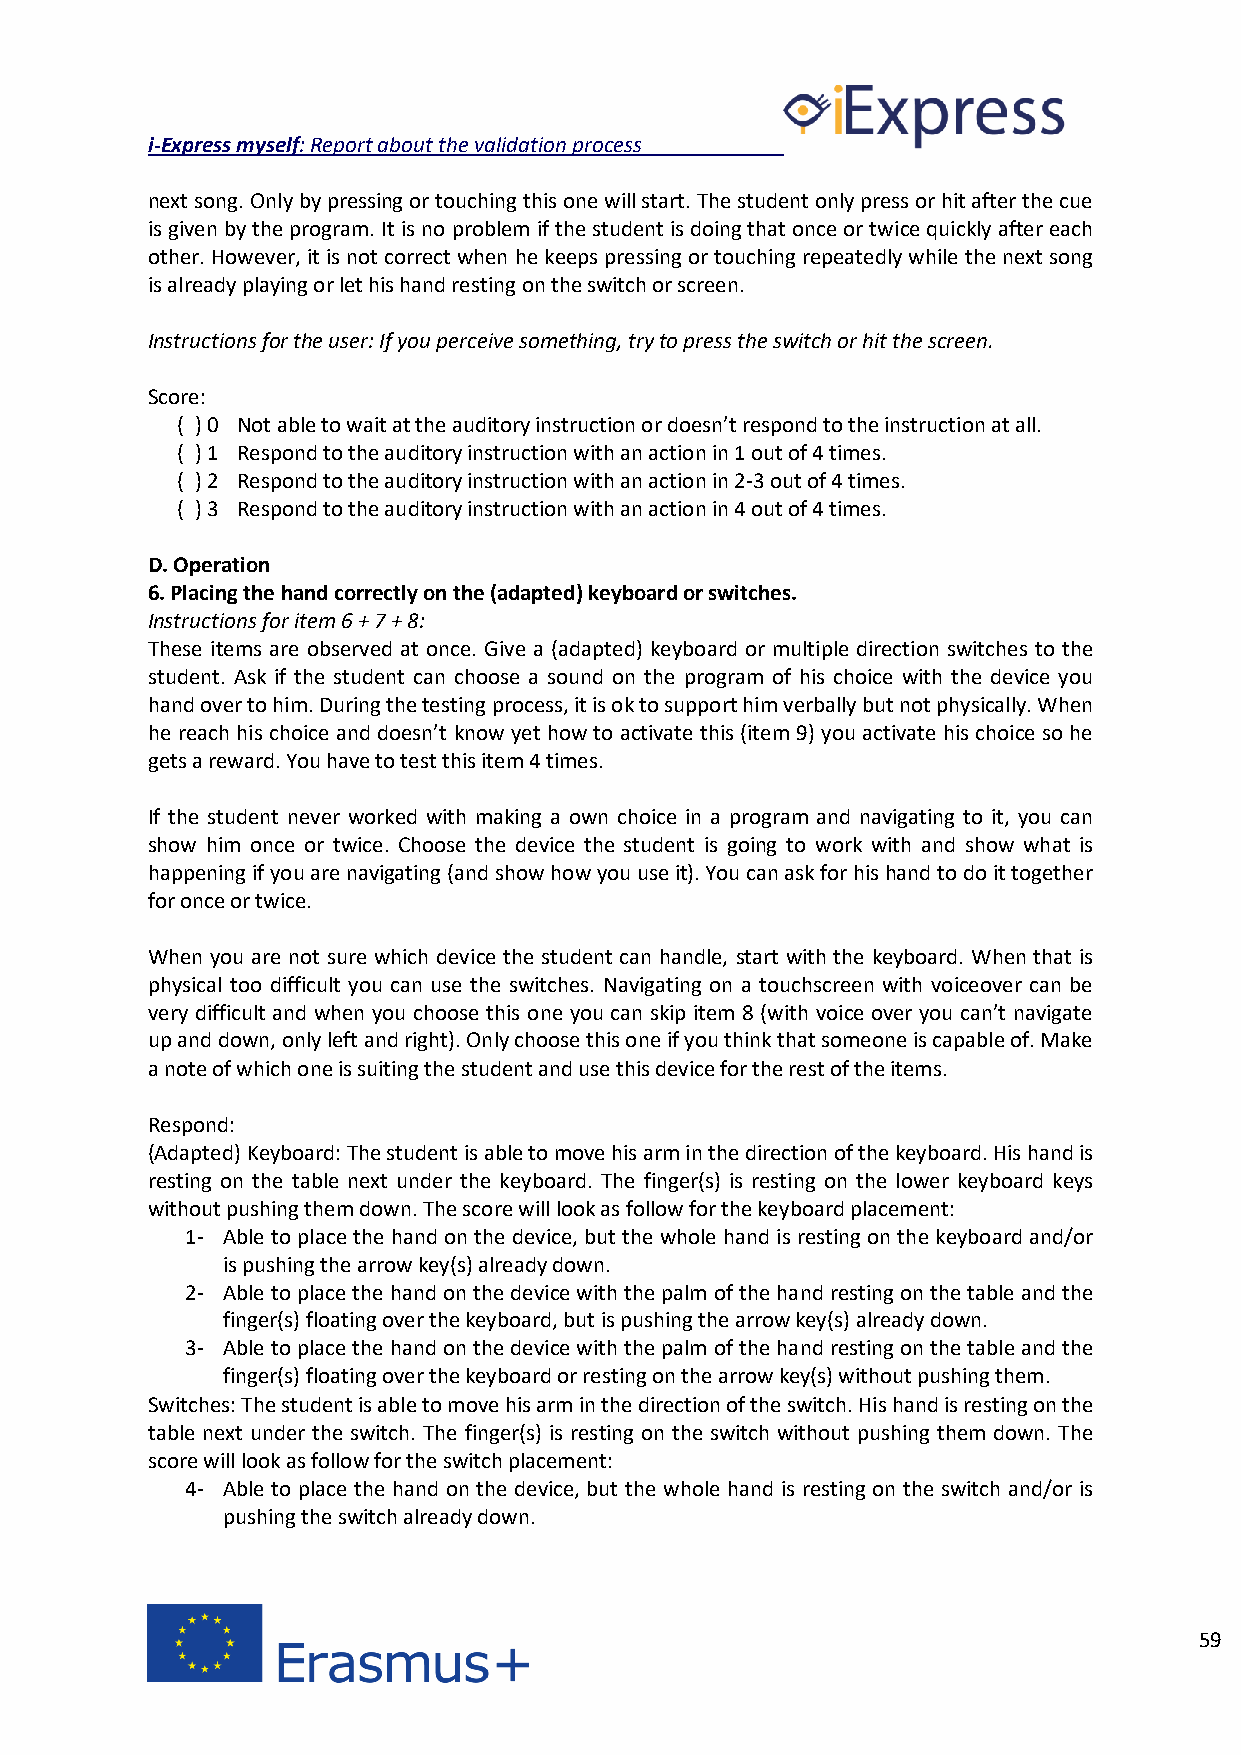
i-Express myself: Report about the validation process
 next song. Only by pressing or touching this one will start. The student only press or hit after the cue
 is given by the program. It is no problem if the student is doing that once or twice quickly after each
 other. However, it is not correct when he keeps pressing or touching repeatedly while the next song
 is already playing or let his hand resting on the switch or screen.
 Instructions for the user: If you perceive something, try to press the switch or hit the screen.
 Score:
 ( ) 0 Not able to wait at the auditory instruction or doesn’t respond to the instruction at all.
 ( ) 1 Respond to the auditory instruction with an action in 1 out of 4 times.
 ( ) 2 Respond to the auditory instruction with an action in 2-3 out of 4 times.
 ( ) 3 Respond to the auditory instruction with an action in 4 out of 4 times.
 D. Operation
 6. Placing the hand correctly on the (adapted) keyboard or switches.
 Instructions for item 6 + 7 + 8:
 These items are observed at once. Give a (adapted) keyboard or multiple direction switches to the
 student. Ask if the student can choose a sound on the program of his choice with the device you
 hand over to him. During the testing process, it is ok to support him verbally but not physically. When
 he reach his choice and doesn’t know yet how to activate this (item 9) you activate his choice so he
 gets a reward. You have to test this item 4 times.
 If the student never worked with making a own choice in a program and navigating to it, you can
 show him once or twice. Choose the device the student is going to work with and show what is
 happening if you are navigating (and show how you use it). You can ask for his hand to do it together
 for once or twice.
 When you are not sure which device the student can handle, start with the keyboard. When that is
 physical too difficult you can use the switches. Navigating on a touchscreen with voiceover can be
 very difficult and when you choose this one you can skip item 8 (with voice over you can’t navigate
 up and down, only left and right). Only choose this one if you think that someone is capable of. Make
 a note of which one is suiting the student and use this device for the rest of the items.
 Respond:
 (Adapted) Keyboard: The student is able to move his arm in the direction of the keyboard. His hand is
 resting on the table next under the keyboard. The finger(s) is resting on the lower keyboard keys
 without pushing them down. The score will look as follow for the keyboard placement:
 1- Able to place the hand on the device, but the whole hand is resting on the keyboard and/or
 is pushing the arrow key(s) already down.
 2- Able to place the hand on the device with the palm of the hand resting on the table and the
 finger(s) floating over the keyboard, but is pushing the arrow key(s) already down.
 3- Able to place the hand on the device with the palm of the hand resting on the table and the
 finger(s) floating over the keyboard or resting on the arrow key(s) without pushing them.
 Switches: The student is able to move his arm in the direction of the switch. His hand is resting on the
 table next under the switch. The finger(s) is resting on the switch without pushing them down. The
 score will look as follow for the switch placement:
 4- Able to place the hand on the device, but the whole hand is resting on the switch and/or is
 pushing the switch already down.
 59